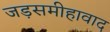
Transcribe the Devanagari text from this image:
जड़समीहावाद